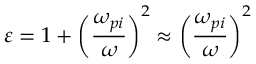
\varepsilon = 1 + \left( \frac { \omega _ { p i } } { \omega } \right) ^ { 2 } \approx \left( \frac { \omega _ { p i } } { \omega } \right) ^ { 2 }